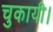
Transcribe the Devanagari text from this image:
चुकायी।